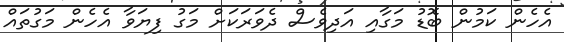
އެހެން ކަމުން ބޮޑު މަގާއި އަދިވެސް ދެވަރަކަށް މަގު ފިޔަވާ އެހެން މަގުތައް